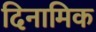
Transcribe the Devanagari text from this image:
दिनामिक